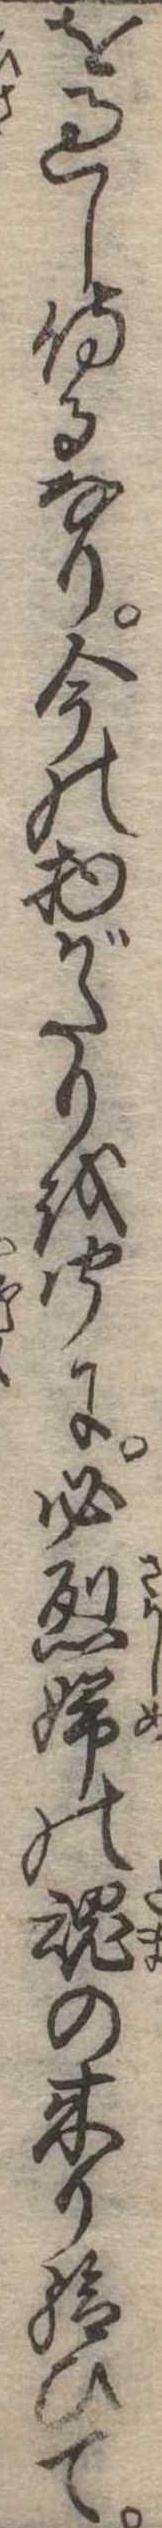
を過し侍るなり今の物がたりを聞に必烈婦の魂の来り給ひて